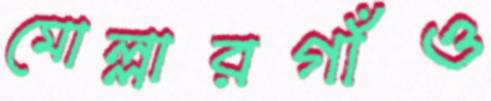
মোল্লারগাঁও